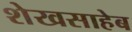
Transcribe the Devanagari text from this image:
शेखसाहेब